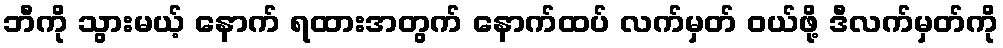
ဘီကို သွားမယ့် နောက် ရထားအတွက် နောက်ထပ် လက်မှတ် ဝယ်ဖို့ ဒီလက်မှတ်ကို